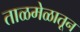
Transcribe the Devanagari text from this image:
ताळमेळातून